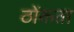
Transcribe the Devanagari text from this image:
ठोंकता